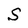
Character: S